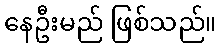
နေဦးမည် ဖြစ်သည်။